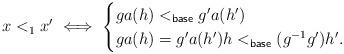
LaTeX: \begin{align*}x <_{1} x' \iff \begin{cases}ga(h) <_{\sf base} g'a(h') \\ga(h)=g'a(h') h <_{\sf base} (g^{-1}g')h'.\end{cases}\end{align*}